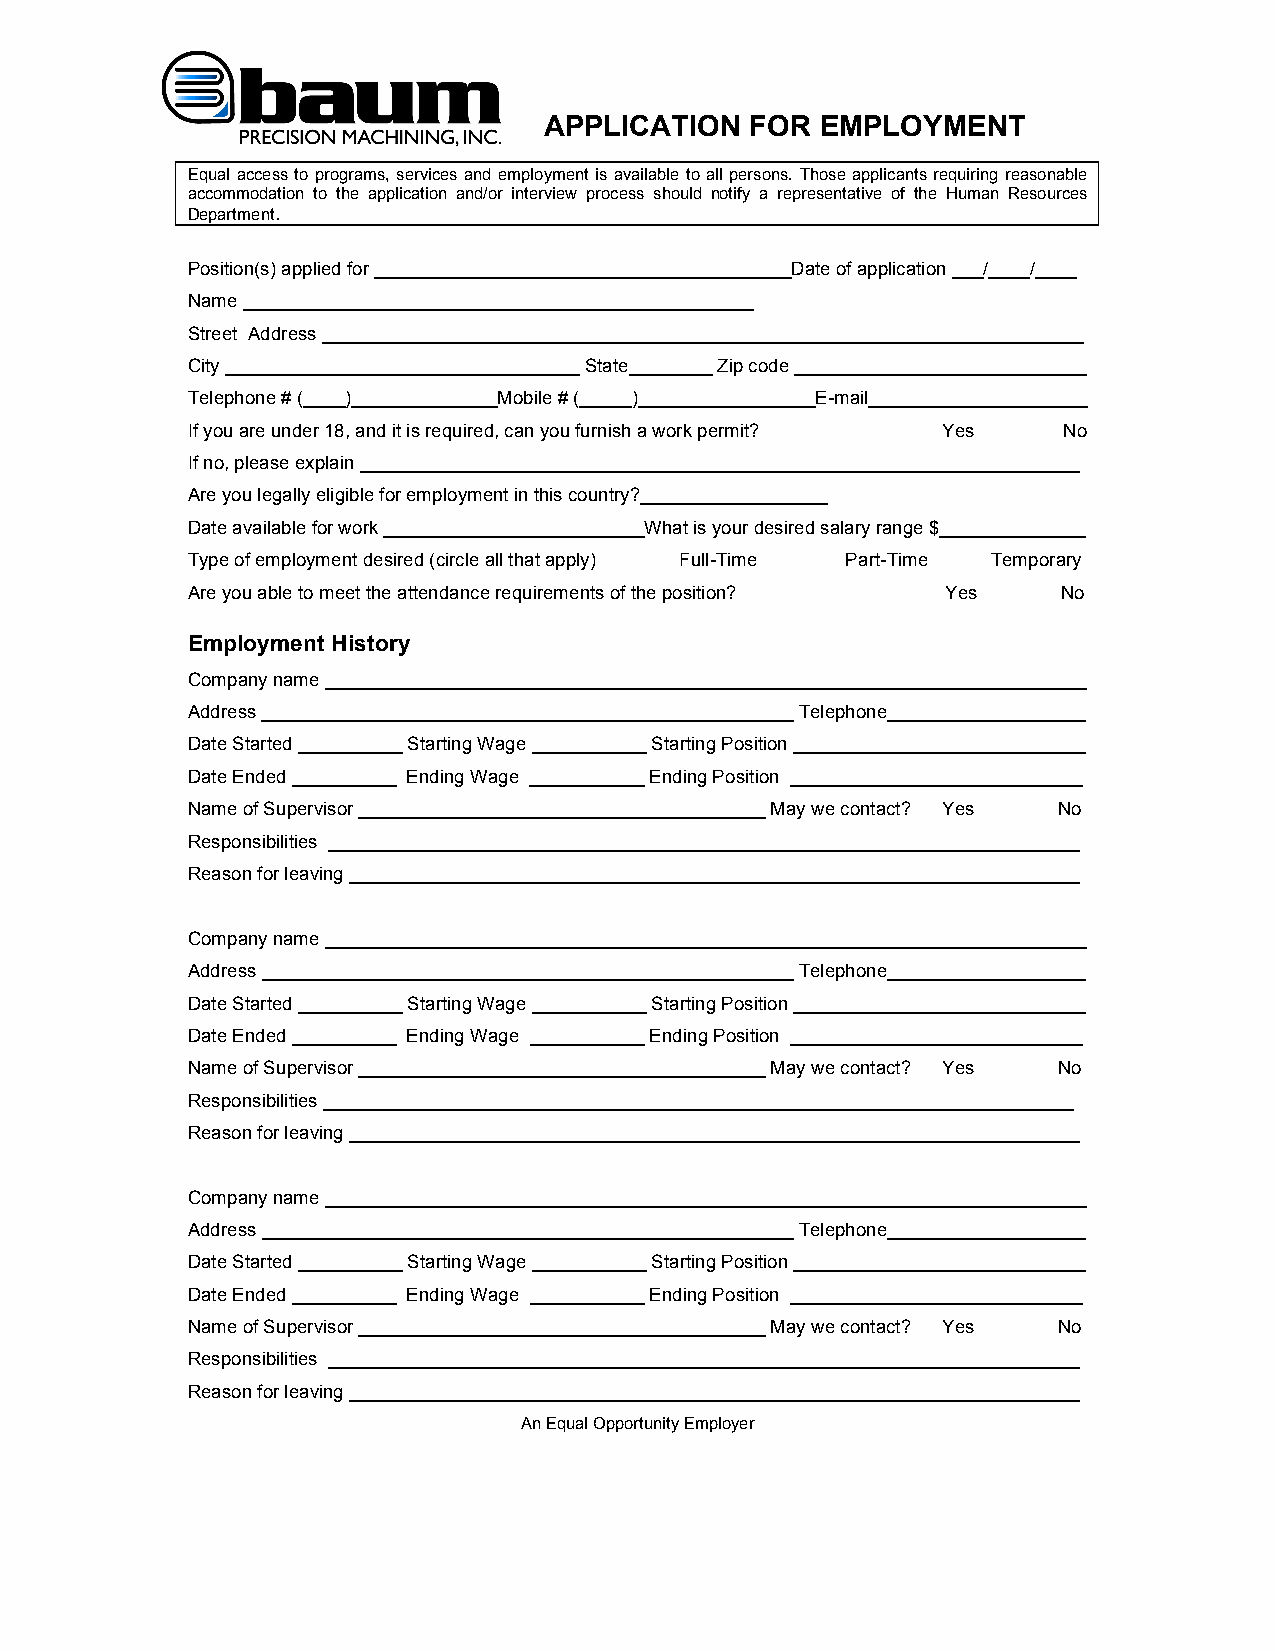
APPLICATION   FOR EMPLOYMENT
 Equal access to programs, services and employment is available to all persons. Those applicants requiring reasonable
 accommodation to the application and/or interview process should notify a representative of the Human Resources
 Department.        .
 Position(s) applied for ________________________________________Date of application ___/____/____
 Name _________________________________________________
 Street Address _________________________________________________________________________
 City __________________________________ State________ Zip code ____________________________
 Telephone # (____)______________Mobile # (_____)_________________E-mail_____________________
 If you are under 18, and it is required, can you furnish a work permit? Yes No
 If no, please explain _____________________________________________________________________
 Are you legally eligible for employment in this country?__________________
 Date available for work _________________________What is your desired salary range $______________
 Type of employment desired (circle all that apply) Full-Time Part-Time Temporary
 Are you able to meet the attendance requirements of the position? Yes No
 Employment History
 Company name _________________________________________________________________________
 Address ___________________________________________________ Telephone___________________
 Date Started __________ Starting Wage ___________ Starting Position ____________________________
 Date Ended __________ Ending Wage ___________ Ending Position ____________________________
 Name of Supervisor _______________________________________ May we contact? Yes No
 Responsibilities ________________________________________________________________________
 Reason for leaving ______________________________________________________________________
 Company name _________________________________________________________________________
 Address ___________________________________________________ Telephone___________________
 Date Started __________ Starting Wage ___________ Starting Position ____________________________
 Date Ended __________ Ending Wage ___________ Ending Position ____________________________
 Name of Supervisor _______________________________________ May we contact? Yes No
 Responsibilities ________________________________________________________________________
 Reason for leaving ______________________________________________________________________
 Company name _________________________________________________________________________
 Address ___________________________________________________ Telephone___________________
 Date Started __________ Starting Wage ___________ Starting Position ____________________________
 Date Ended __________ Ending Wage ___________ Ending Position ____________________________
 Name of Supervisor _______________________________________ May we contact? Yes No
 Responsibilities ________________________________________________________________________
 Reason for leaving ______________________________________________________________________
 An Equal Opportunity Employer